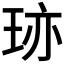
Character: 𤥂